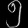
Digit: ၅